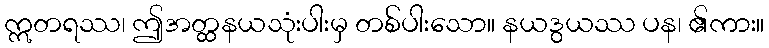
ဣတရဿ၊ ဤအတ္ထနယသုံးပါးမှ တစ်ပါးသော။ နယဒွယဿ ပန၊ ၏ကား။